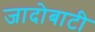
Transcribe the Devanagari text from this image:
जादोबाटी